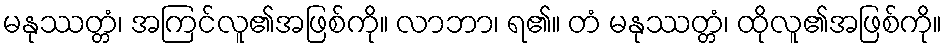
မနုဿတ္တံ၊ အကြင်လူ၏အဖြစ်ကို။ လာဘာ၊ ရ၏။ တံ မနုဿတ္တံ၊ ထိုလူ၏အဖြစ်ကို။